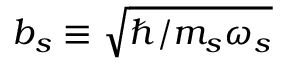
b _ { s } \equiv \sqrt { { \hbar } / { m _ { s } \omega _ { s } } }